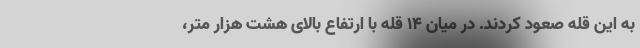
به این قله صعود کردند. در میان ۱۴ قله با ارتفاع بالای هشت هزار متر،